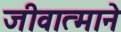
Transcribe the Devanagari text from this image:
जीवात्माने